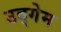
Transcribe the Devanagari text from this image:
उद्गेम